Tartu_linnavalitsus, lk 9
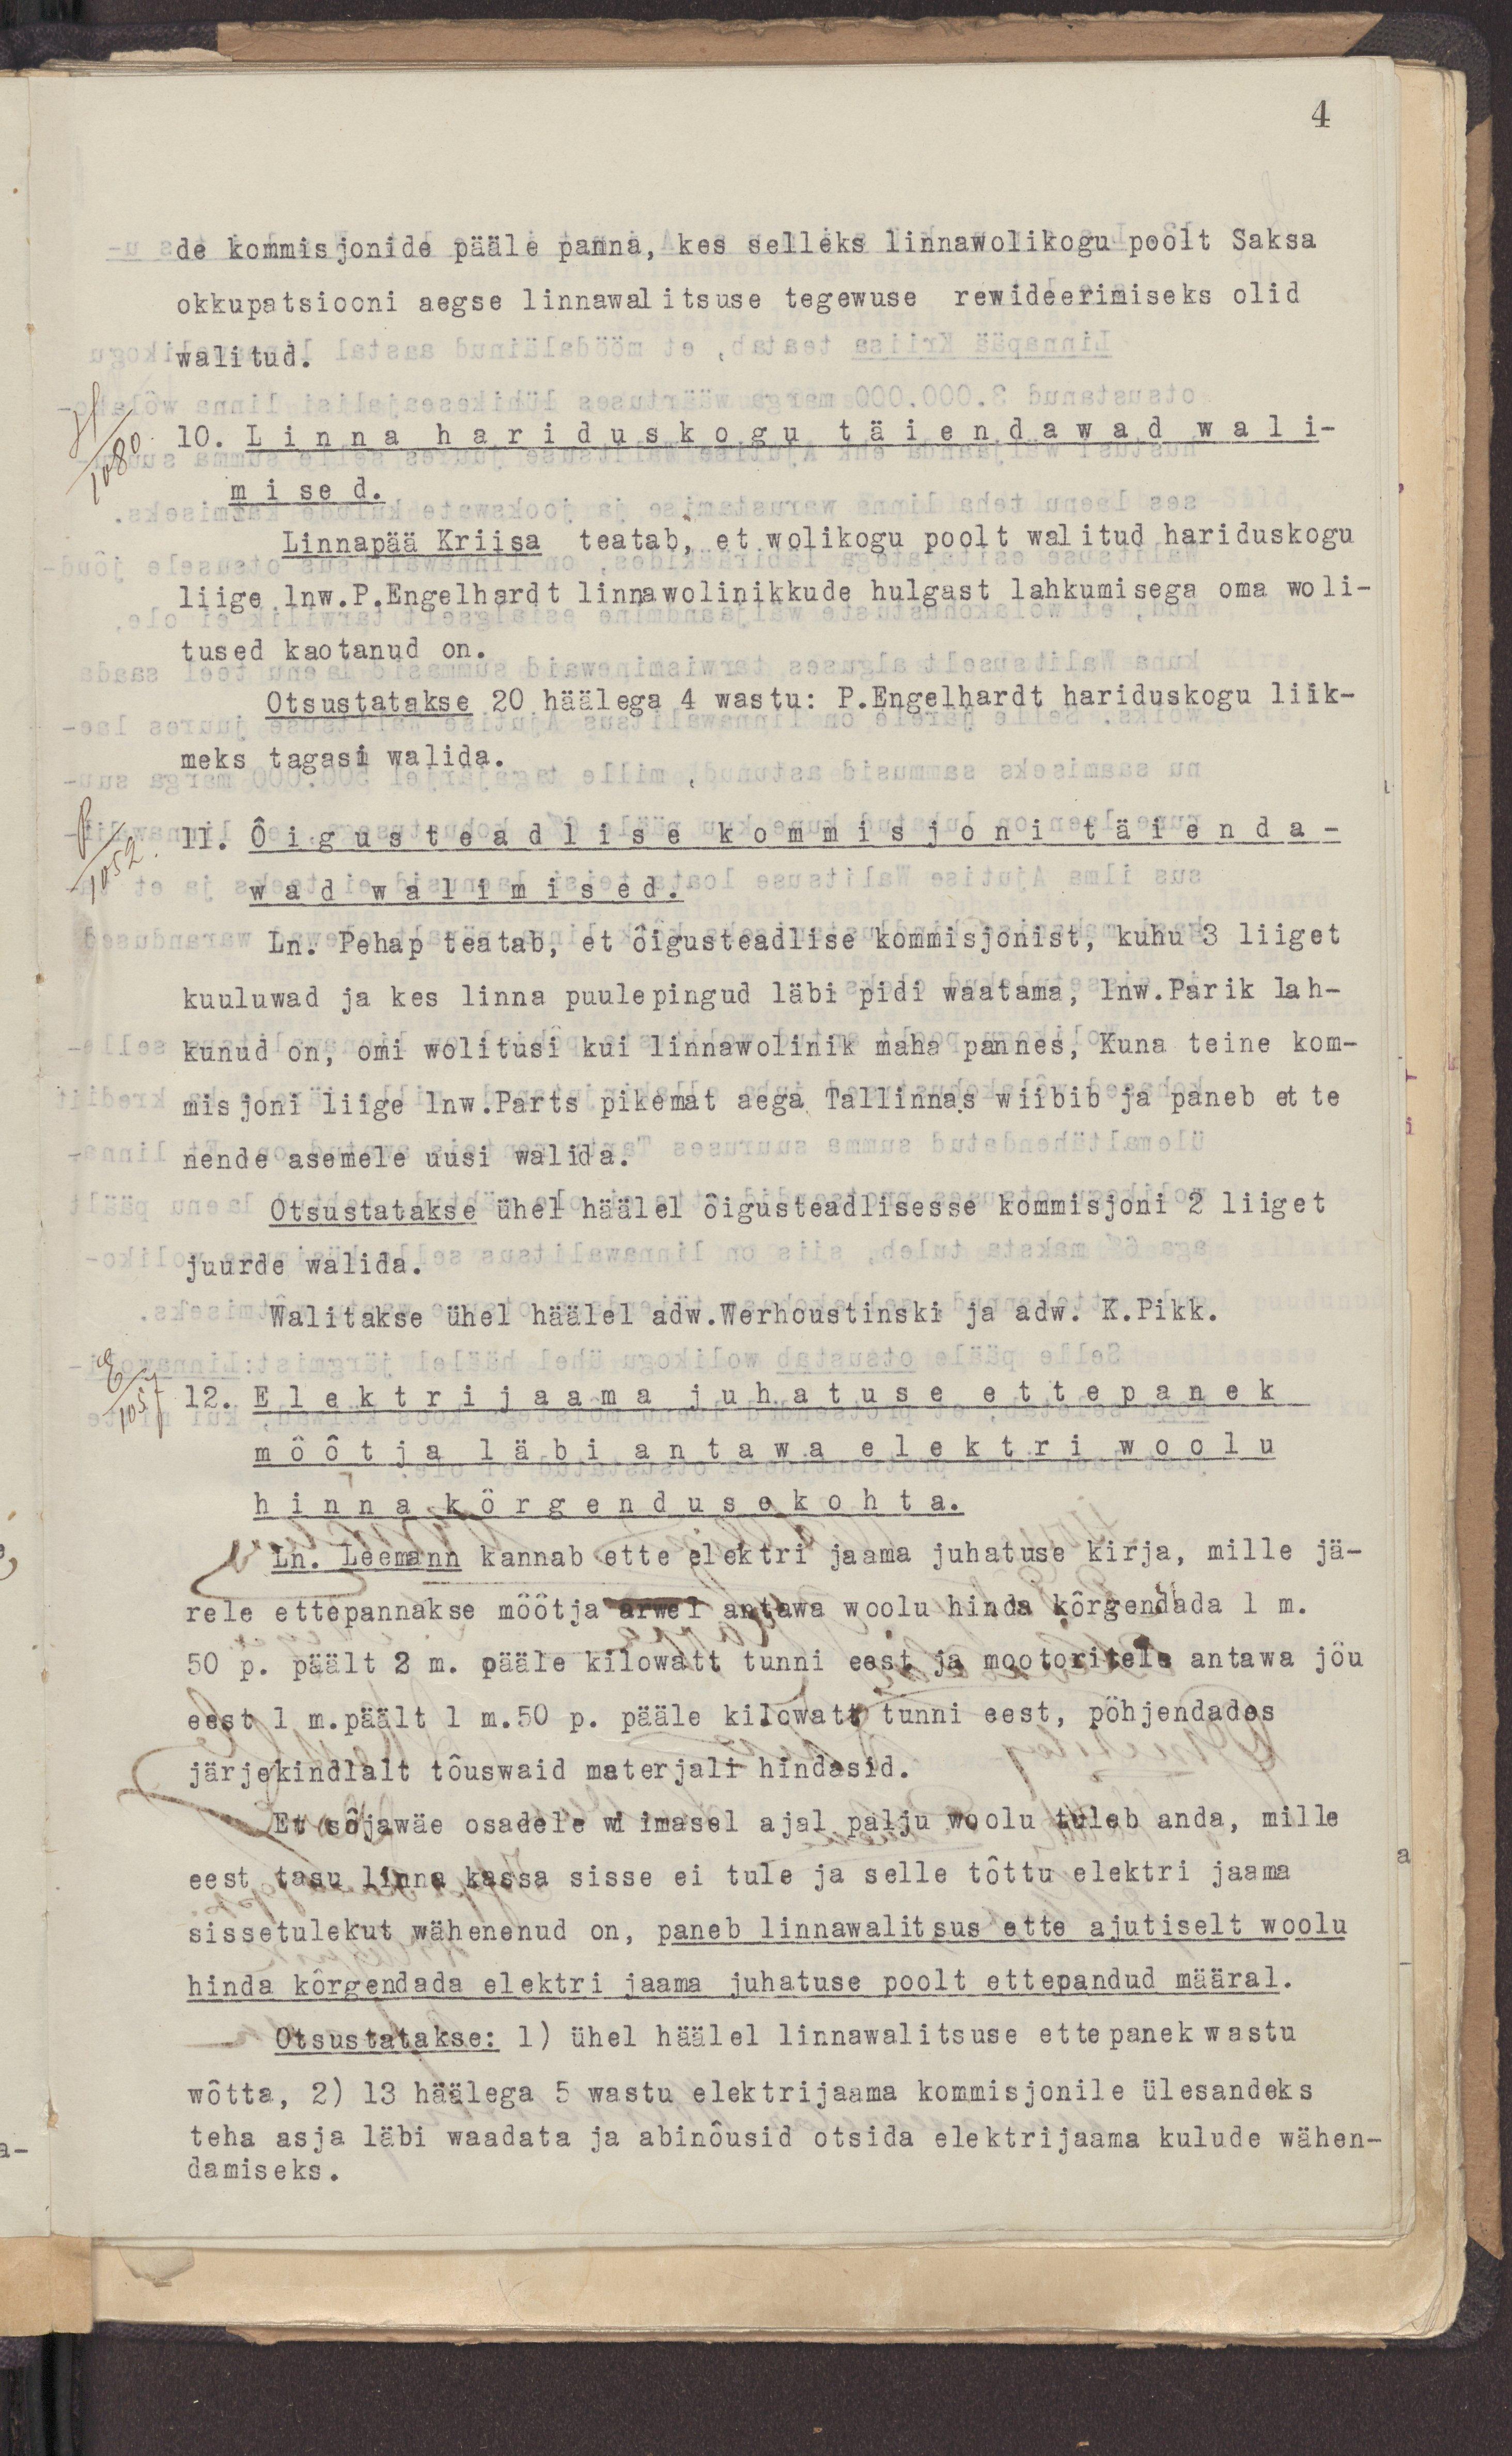
4
de komisjonide pääle panna, kes selleks linnawolikogu poolt Saksa
okkupatsiooni aegse linnawalitsuse tegewuse rewideerimiseks olid
valitud.
10. Linna hariduskogu  täiendawad wali-
mised.
Linnapää Kriisa teatab, et wolikogu poolt walitud hariduskogu
liige lnw.P.Engelhardt linnawolinikkude hulgast lahkumisega oma woli-
tused kaotanud on.
Otsustatakse 20 häälega 4 wastu: P.Engelhardt hariduskogu liik-
meks tagasi walida.
11. Õigusteadlise komisjoni täienda-
wad walimised.
Ln. Pehap teatab, et õiguseteadlise kommisjonist, kuhu 3 liiget
kuuluwad ja kes linna puulepingud läbi pidi waatama, lnw.Parik lah-
kunud on, omi wolitusi kui linnawolinik maha pannes, Kuna teine kom-
misjoni liige lnw.Parts pikemat aega Tallinnas wiibib ja paneb et te
nende asemele uusi walida.
Otsustatakse ühel häälel õigusteadlisesse komisjoni 2 liiget
juurde walida.
Walitakse ühel häälel adw.Werhoustinski ja adw. K.Pikk.
12. Elektrijaama juhatuse ettepanek
mõõtja läbi antawa elektri woolu
hinna kõrgenduse kohta.
Ln. Leemann kannab ette elektri jaama juhatuse kirja, mille jä-
rele ettepannakse mõõtja arwel antawa woolu hinda kõrgendada 1 m.
50p. päält 2 m. pääle kilowatt tunni eest ja mootoritele antawa jõu
eest 1 m. päält 1 m.50 p. pääle kilowatt tunni eest, põhjendades
järjekindlalt tõuswaid materjali hindasid.
Et sõjawäe osadele wiimasel ajal palju woolu tuleb anda, mille
eest tasu linna kassa sisse ei tule ja selle tõttu elektri jaama
sissetulekut wähenenud on, paneb linnawalitsus ette ajutiselt woolu
hinda kõrgendada elektri jaama juhatuse poolt ettepandud määral.
Otsustatakse: 1) ühel häälel linnawalitsuse ettepanek wastu
wõtta, 2) 13 häälea 5 wastu elektrijaama kommisjonile ülesandeks
teha asja läbi waadata ja abinõusid otsida elektrijaama kulude wähen-
damiseks.